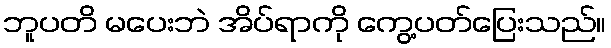
ဘူပတိ မပေးဘဲ အိပ်ရာကို ကွေ့ပတ်ပြေးသည်။